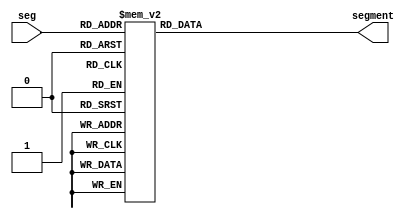
module SegDecode(
	//0-90-5
	input wire [3:0] seg,
	//
	output reg [6:0] segment  
);
//
always @(*)begin
	case(seg)
		4'b0000: segment = 7'b0000001;//0
		4'b0001: segment = 7'b1001111;//1
		4'b0010: segment = 7'b0010010;//2
		4'b0011: segment = 7'b0000110;//3
		4'b0100: segment = 7'b1001100;//4
		4'b0101: segment = 7'b0100100;//5
		4'b0110: segment = 7'b0100000;//6
		4'b0111: segment = 7'b0001111;//7
		4'b1000: segment = 7'b0000000;//8
		4'b1001: segment = 7'b0000100;//9
		default: segment = 7'b1111111;//
	endcase

end

endmodule